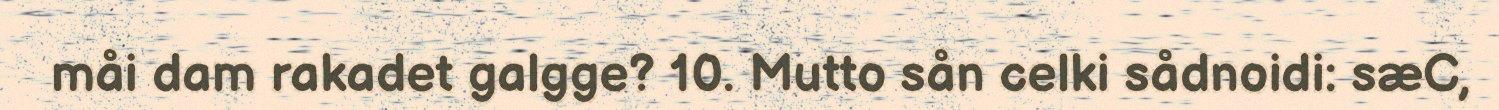
måi dam rakadet galgge? 10. Mutto sån celki sådnoidi: sæC,